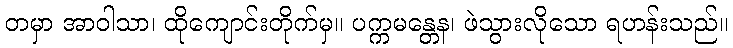
တမှာ အာဝါသာ၊ ထိုကျောင်းတိုက်မှ။ ပက္ကမန္တေန၊ ဖဲသွားလိုသော ရဟန်းသည်။